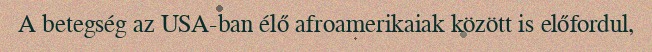
A betegség az USA-ban élő afroamerikaiak között is előfordul,